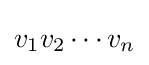
v_{1}v_{2}\cdots v_{n}